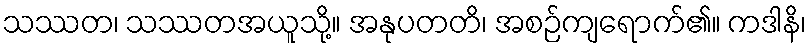
သဿတ၊ သဿတအယူသို့။ အနုပတတိ၊ အစဉ်ကျရောက်၏။ ကဒါနိ၊